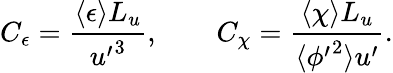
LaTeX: C_{\epsilon}=\frac{\langle\epsilon\rangle L_{u}}{{u^{\prime}}^{3}},\qquad C_{\chi}=\frac{\langle\chi\rangle L_{u}}{\langle{\phi^{\prime}}^{2}\rangle u^{\prime}}.